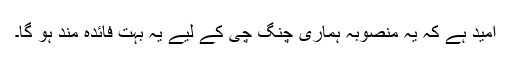
امید ہے کہ یہ منصوبہ ہماری چنگ چی کے لیے یہ بہت فائدہ مند ہو گا۔